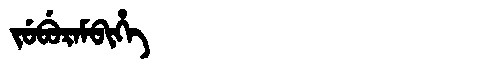
Manchu: ᠵᡠᠪᡠᡵᠠᠮᠪᡳᡥᡝ
Romanization: JUBURAMBIHE